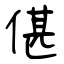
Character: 偡